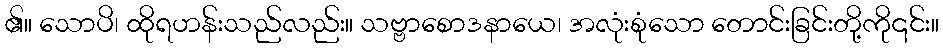
၏။ သောပိ၊ ထိုရဟန်းသည်လည်း။ သဗ္ဗာစောဒနာယေ၊ အလုံးစုံသော တောင်းခြင်းတို့ကို၎င်း။